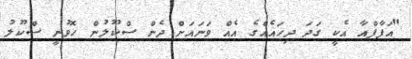
"އަފާފްއާ އެކީ ގަދަ ދިހައެއްގެ އެއް ވަނައަށް ދެން ސްކޫލުން ހޮވުނީ ސްކޫލު